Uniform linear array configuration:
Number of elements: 64
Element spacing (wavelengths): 1
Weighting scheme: uniform
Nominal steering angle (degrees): -15
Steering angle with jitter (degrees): -13.537
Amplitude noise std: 0.05
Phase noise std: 0.05

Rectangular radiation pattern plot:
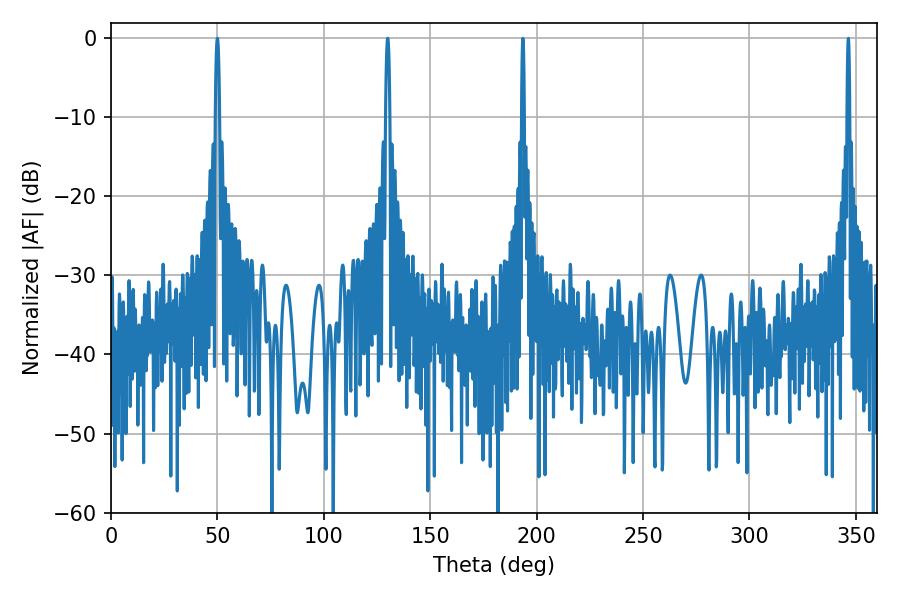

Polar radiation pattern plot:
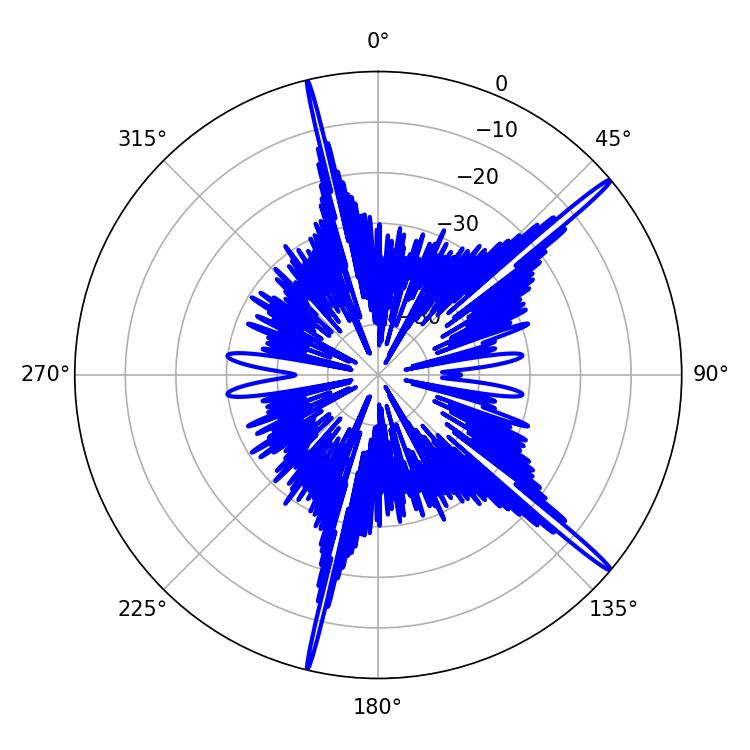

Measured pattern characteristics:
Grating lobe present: TRUE
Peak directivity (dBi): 18.301
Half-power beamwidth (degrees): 1.08
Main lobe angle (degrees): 50.04